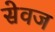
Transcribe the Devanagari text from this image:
सेवज